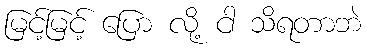
မြင့်မြင့် ပြော လို့ ငါ သိရတာဘဲ